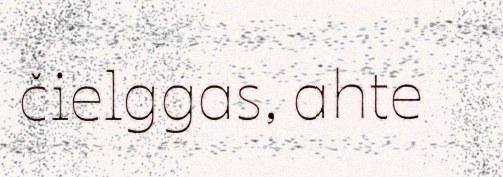
čielggas, ahte